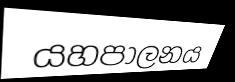
යහපාලනය